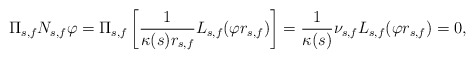
\begin{align*}\Pi_{s,f} N_{s,f} \varphi = \Pi_{s,f} \left[ \frac{1}{\kappa(s) r_{s,f}} L_{s,f}(\varphi r_{s,f}) \right]= \frac{1}{\kappa(s)} \nu_{s,f} L_{s,f}(\varphi r_{s,f}) = 0,\end{align*}